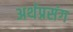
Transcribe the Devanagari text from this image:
अर्थप्रसंग